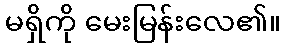
မရှိကို မေးမြန်းလေ၏။